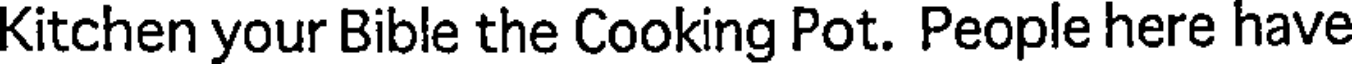
Kitchen your Bible the Cooking Pot. People here have